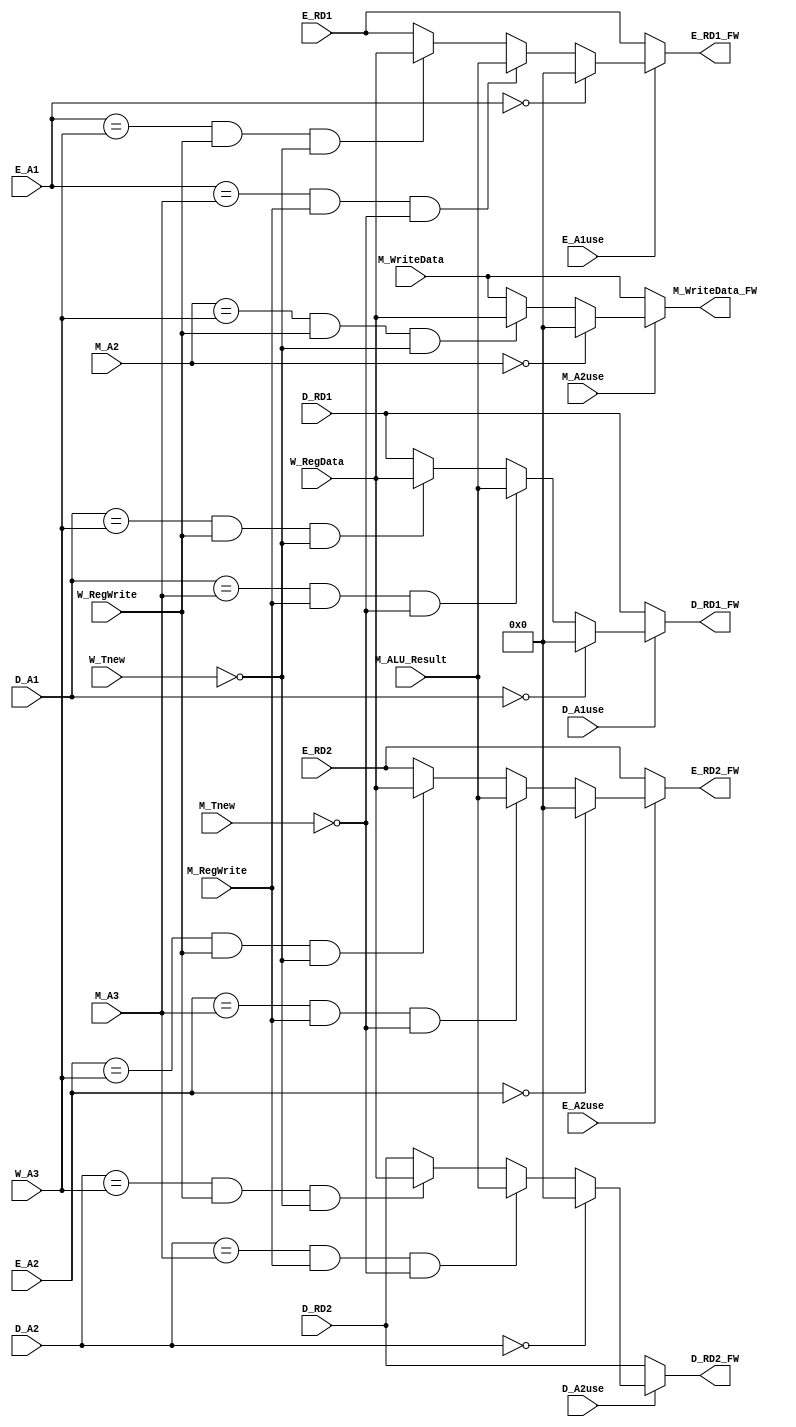
`timescale 1ns / 1ps
//////////////////////////////////////////////////////////////////////////////////
// Company: 
// Engineer: 
// 
// Design Name: 
// Module Name:    Forwarding 
// Project Name: 
// Target Devices: 
// Tool versions: 
// Description: 
//
// Dependencies: 
//
// Revision: 
// Revision 0.01 - File Created
// Additional Comments: 
//
//////////////////////////////////////////////////////////////////////////////////
/*********************Forwarding, Choose**************************/
module Forwarding(////
//
	input [4:0] D_A1,//b
	input [4:0] D_A2,
	input [4:0] E_A1,//SrcA B
	input [4:0] E_A2,
	input [4:0] M_A2,//sw W->M
	input D_A1use,
    input D_A2use,
    input E_A1use,
    input E_A2use,
    input M_A2use,
//
	input [4:0] W_A3,//lw 
	input [4:0] M_A3,//ALUresult 

//A3A3?
	input W_RegWrite,
	input M_RegWrite,
	
//?
	input [31:0] D_RD1,
	input [31:0] D_RD2,
	input [31:0] E_RD1,
	input [31:0] E_RD2,
	input [31:0] M_WriteData,//M_A2
//
	input [31:0] M_ALU_Result,//M_A3
	input [31:0] W_RegData,//W_A3

	input [3:0] M_Tnew,
	input [3:0] W_Tnew,	
	
//
	output [31:0] D_RD1_FW,//FW=Forwarding
	output [31:0] D_RD2_FW,
	output [31:0] E_RD1_FW,
	output [31:0] E_RD2_FW,
	output [31:0] M_WriteData_FW
    ); 
	
	assign D_RD1_FW = 	(D_A1use == 1'b0) ? D_RD1 :
						(D_A1 == 5'b0) ? 32'h0000_0000 :
						(D_A1 == M_A3)&&(M_RegWrite)&&(M_Tnew == 0) ? M_ALU_Result ://M
						(D_A1 == W_A3)&&(W_RegWrite)&&(W_Tnew == 0) ? W_RegData : D_RD1 ;
	
	assign D_RD2_FW = 	(D_A2use == 1'b0) ? D_RD2 :
						(D_A2 == 5'b0) ? 32'h0000_0000 :
						(D_A2 == M_A3)&&(M_RegWrite)&&(M_Tnew == 0) ? M_ALU_Result :
						(D_A2 == W_A3)&&(W_RegWrite)&&(W_Tnew == 0) ? W_RegData : D_RD2 ;
					
	assign E_RD1_FW = 	(E_A1use == 1'b0) ? E_RD1 :
						(E_A1 == 5'b0) ? 32'h0000_0000 :
						(E_A1 == M_A3)&&(M_RegWrite)&&(M_Tnew == 0) ? M_ALU_Result :
						(E_A1 == W_A3)&&(W_RegWrite)&&(W_Tnew == 0) ? W_RegData : E_RD1 ;
						
	assign E_RD2_FW = 	(E_A2use == 1'b0) ? E_RD2 :
						(E_A2 == 5'b0) ? 32'h0000_0000 :
						(E_A2 == M_A3)&&(M_RegWrite)&&(M_Tnew == 0) ? M_ALU_Result : 
						(E_A2 == W_A3)&&(W_RegWrite)&&(W_Tnew == 0) ? W_RegData :E_RD2 ;
						
	assign M_WriteData_FW = (M_A2use == 1'b0) ? M_WriteData :
							(M_A2 == 5'b0) ? 32'h0000_0000 :
							(M_A2 == W_A3)&&(W_RegWrite)&&(W_Tnew == 0) ? W_RegData : M_WriteData ;
							 
endmodule